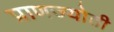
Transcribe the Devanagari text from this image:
प्राणज्योती